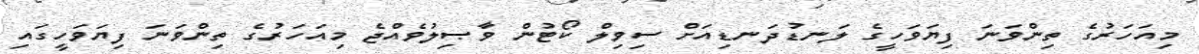
މިއަހަރުގެ ތިންވަނަ ފިޔަވަހީގެ ލަނޑުދަނޑިއަށް ސިވިލް ކޯޓުން ވާޞިލުވެއްޖެ މިއަހަރުގެ ތިންވަނަ ފިޔަވަހީގައި